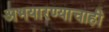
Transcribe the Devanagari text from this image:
अभयारण्याचाही